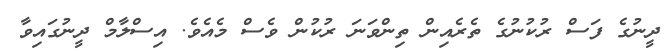
ދީނުގެ ފަސް ރުކުނުގެ ތެރެއިން ތިންވަނަ ރުކުން ވެސް މެއެވެ. އިސްލާމް ދީނުގައިވާ